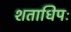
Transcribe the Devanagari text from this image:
शताधिपः